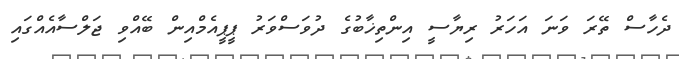
ދެހާސް ތޭރަ ވަނަ އަހަރު ރިޔާސީ އިންތިޚާބުގެ ދުވަސްވަރު ޕީޕީއެމްއިން ބޭއްވި ޖަލްސާއެއްގައި